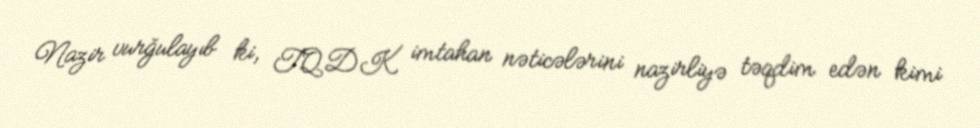
Nazir vurğulayıb ki, TQDK imtahan nəticələrini nazirliyə təqdim edən kimi